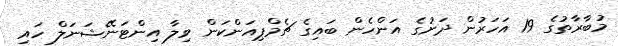
މުބާރާތުގެ 19 އަހަރުން ދަށުގެ އަންހެން ބައިގެ ޗެމްޕިއަންކަން ވިލާ އިންޓަނޭޝަނަލް ހައި